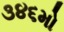
૩૪૬મો